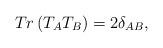
LaTeX: \begin{align*}Tr\left( T_{A}T_{B}\right) =2\delta _{AB},\end{align*}